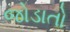
જોડાતો